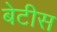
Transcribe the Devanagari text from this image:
बेटीस